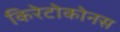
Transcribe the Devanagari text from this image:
किरेटोकोनस